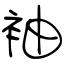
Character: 袖